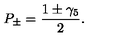
P _ { \pm } = { \frac { 1 \pm \gamma _ { 5 } } { 2 } } .